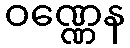
ဝဏ္ဏေန